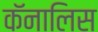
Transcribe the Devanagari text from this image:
कॅनालिस